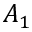
A _ { 1 }